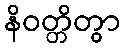
နိဝတ္တိတွာ